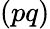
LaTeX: (pq)